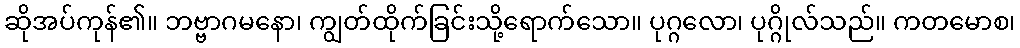
ဆိုအပ်ကုန်၏။ ဘဗ္ဗာဂမနော၊ ကျွတ်ထိုက်ခြင်းသို့ရောက်သော။ ပုဂ္ဂလော၊ ပုဂ္ဂိုလ်သည်။ ကတမောစ၊